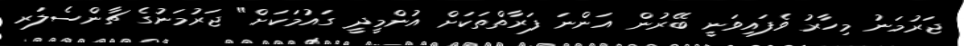
ޖަރުމަނު މިހާރު ވެފައިވަނީ ބޭރުން އަންނަ ފަރާތްތަކަށް އުންމީދީ ގައުމަކަށް" ޖަރުމަނުގެ ޗާންސެލަރ